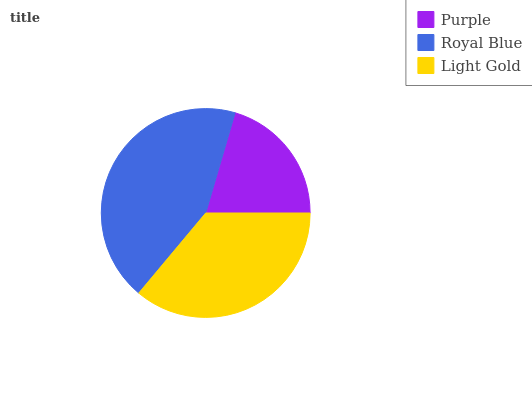
| Purple | Royal Blue | Light Gold |
 | --- | --- | --- |
 | 20.5% | 43.4% | 36.1% |